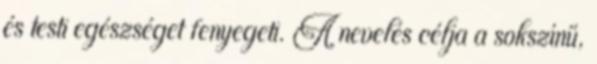
és testi egészséget fenyegeti. A nevelés célja a sokszínű,